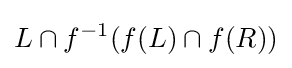
L\cap f^{-1}(f(L)\cap f(R))